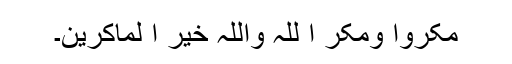
مکروا ومکر ا للہ واللہ خیر ا لماکرین۔